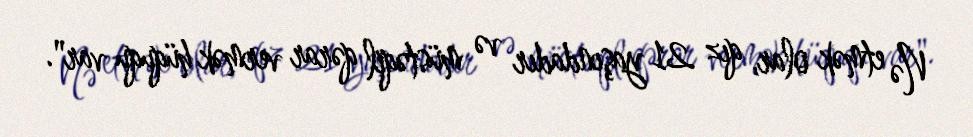
Nə etmək olar, qız 21 yaşındadır və müstəqil qərar vermək hüququ var".